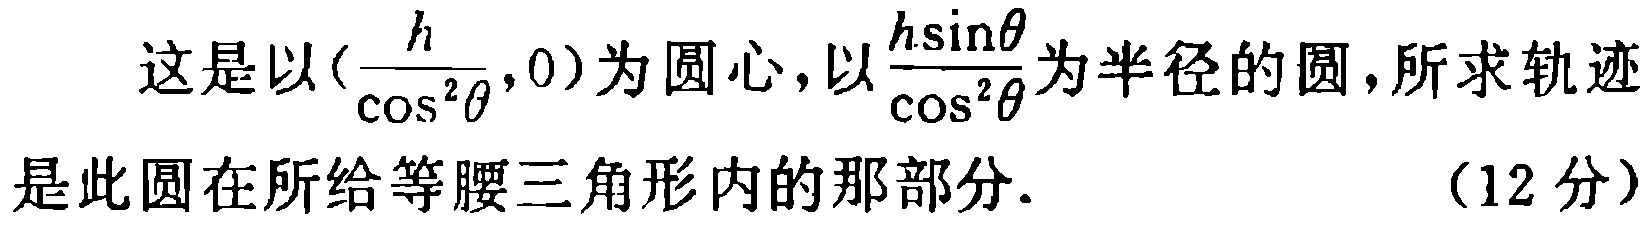
这是以\((\frac{h}{\cos^{2}\theta},0)\)为圆心，以\(\frac{h\sin\theta}{\cos^{2}\theta}\)为半径的圆，所求轨迹是此圆在所给等腰三角形内的那部分. （12分）